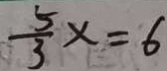
\frac { 5 } { 3 } x = 6